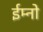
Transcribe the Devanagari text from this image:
ईम्नो